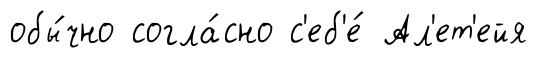
обы́чно согла́сно с'еб'е́ Ал'ет'ейя